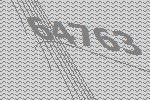
64763